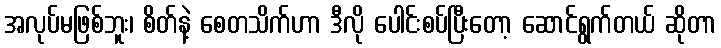
အလုပ်မဖြစ်ဘူး၊ စိတ်နဲ့ စေတသိက်ဟာ ဒီလို ပေါင်းစပ်ပြီးတော့ ဆောင်ရွက်တယ် ဆိုတာ